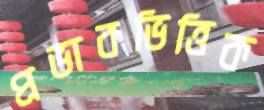
প্রভাবভিত্তিক